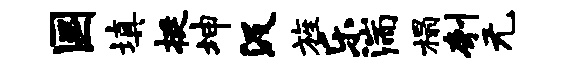
国填挺坤汲旌乐湍榻刳无